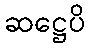
ဆဋ္ဌေပိ